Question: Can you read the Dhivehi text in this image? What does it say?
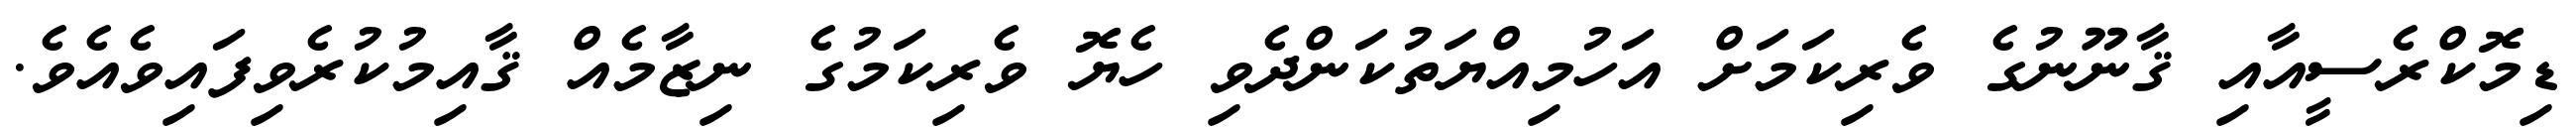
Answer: ޑިމޮކްރެސީއާއި ޤާނޫނުގެ ވެރިކަމަށް އަހުމިއްޔަތުކަންދެވި ހެޔޮ ވެރިކަމުގެ ނިޒާމެއް ޤާއިމުކުރެވިފައިވެއެވެ.